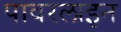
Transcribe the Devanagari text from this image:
पावरलाइन